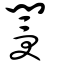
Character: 闅